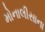
મોનાલીસાના